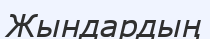
Жындардың